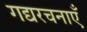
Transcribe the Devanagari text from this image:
गद्यरचनाएँ